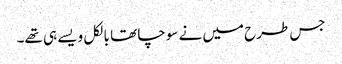
جس طرح میں نے سوچا تھا بالکل ویسے ہی تھے۔